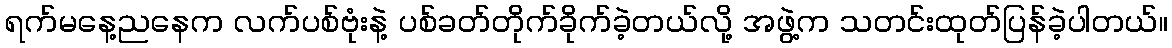
ရက်မနေ့ညနေက လက်ပစ်ဗုံးနဲ့ ပစ်ခတ်တိုက်ခိုက်ခဲ့တယ်လို့ အဖွဲ့က သတင်းထုတ်ပြန်ခဲ့ပါတယ်။